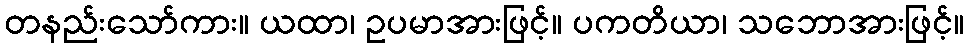
တနည်းသော်ကား။ ယထာ၊ ဥပမာအားဖြင့်။ ပကတိယာ၊ သဘောအားဖြင့်။